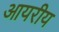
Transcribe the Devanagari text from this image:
आयरीय